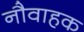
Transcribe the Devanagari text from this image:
नौवाहक